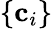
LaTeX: \left\{ \mathbf{c}_{i}\right\}